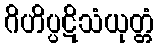
ဂိဟိပ္ပဋိသံယုတ္တံ